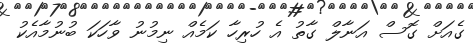
ގެއަށް ގޮސް އަނާލް ގާތު އެ ހުރިހާ ކަމެއް ނިމުނު ވާހަކަ ބުނުމާއެކު